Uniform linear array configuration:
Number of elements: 16
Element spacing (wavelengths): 0.5
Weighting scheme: hann
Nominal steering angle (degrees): -15
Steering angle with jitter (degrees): -14.245
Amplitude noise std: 0.05
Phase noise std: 0.05

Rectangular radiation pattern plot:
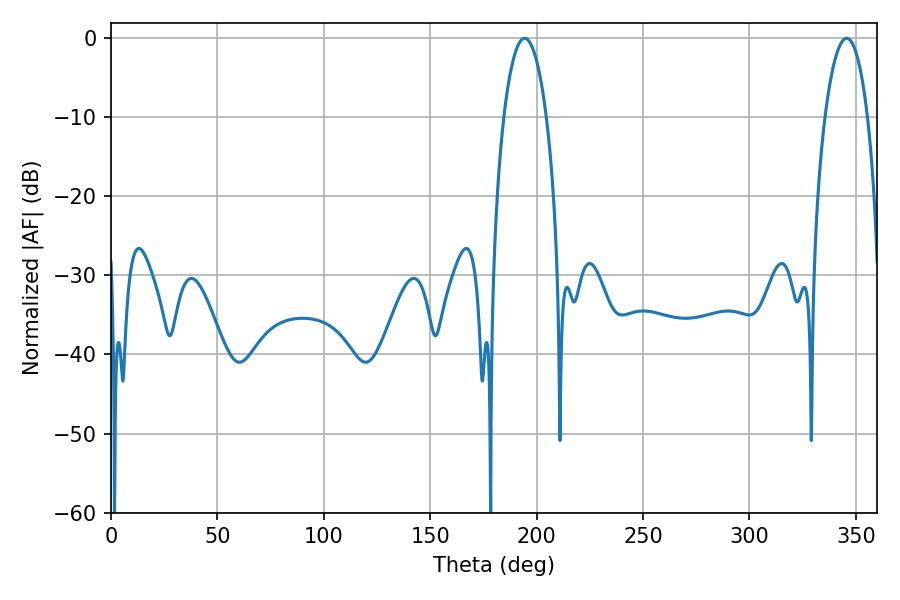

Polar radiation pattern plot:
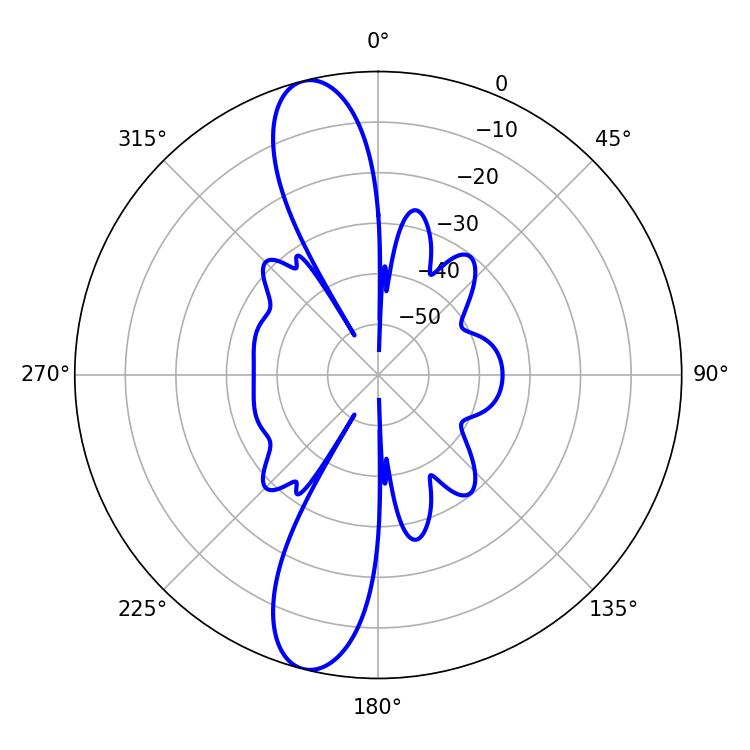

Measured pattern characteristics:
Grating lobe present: FALSE
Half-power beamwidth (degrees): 11.16
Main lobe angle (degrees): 194.4